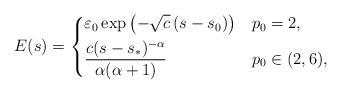
LaTeX: \begin{align*}E(s)=\begin{dcases}\varepsilon_0\exp{\left(-\sqrt{c}\, (s-s_0)\right)}&p_0=2,\\\frac{c(s-s_\ast)^{-\alpha}}{\alpha(\alpha+1)}&p_0\in (2,6),\end{dcases}\end{align*}